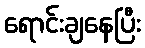
ရောင်းချနေပြီး